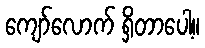
ကျော်လောက် ရှိတာပေါ့။